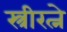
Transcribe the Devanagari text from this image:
स्त्रीरत्ने